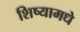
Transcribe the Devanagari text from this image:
शिष्यामधे